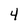
Character: 4